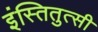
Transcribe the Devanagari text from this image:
इंस्तितुत्सी